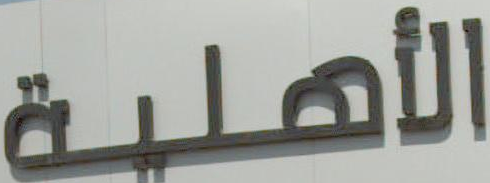
الأهلية